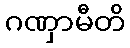
ဂဏှာမီတိ